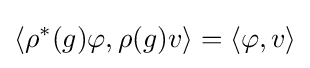
\langle {\rho }^{*}(g)\varphi ,\rho (g)v\rangle =\langle \varphi ,v\rangle